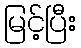
မြင့်ပြီး